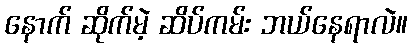
နောက် ဆိုက်မဲ့ ဆိပ်ကမ်း ဘယ်နေရာလဲ။